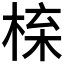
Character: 𭪱